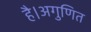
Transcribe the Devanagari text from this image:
है।अगुणित